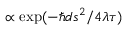
\propto \exp ( - \hbar d s ^ { 2 } / 4 \lambda \tau )